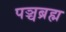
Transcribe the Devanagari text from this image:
पञ्चब्रह्म